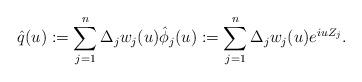
LaTeX: \begin{align*} \hat{q}(u) := \sum_{j=1}^{n} \Delta_j w_{j}(u) \hat{\phi}_j(u):= \sum_{j=1}^{n} \Delta_j w_{j}(u) e^{iu Z_j} .\end{align*}